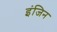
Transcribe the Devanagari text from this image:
इंजिन